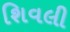
શિવલી